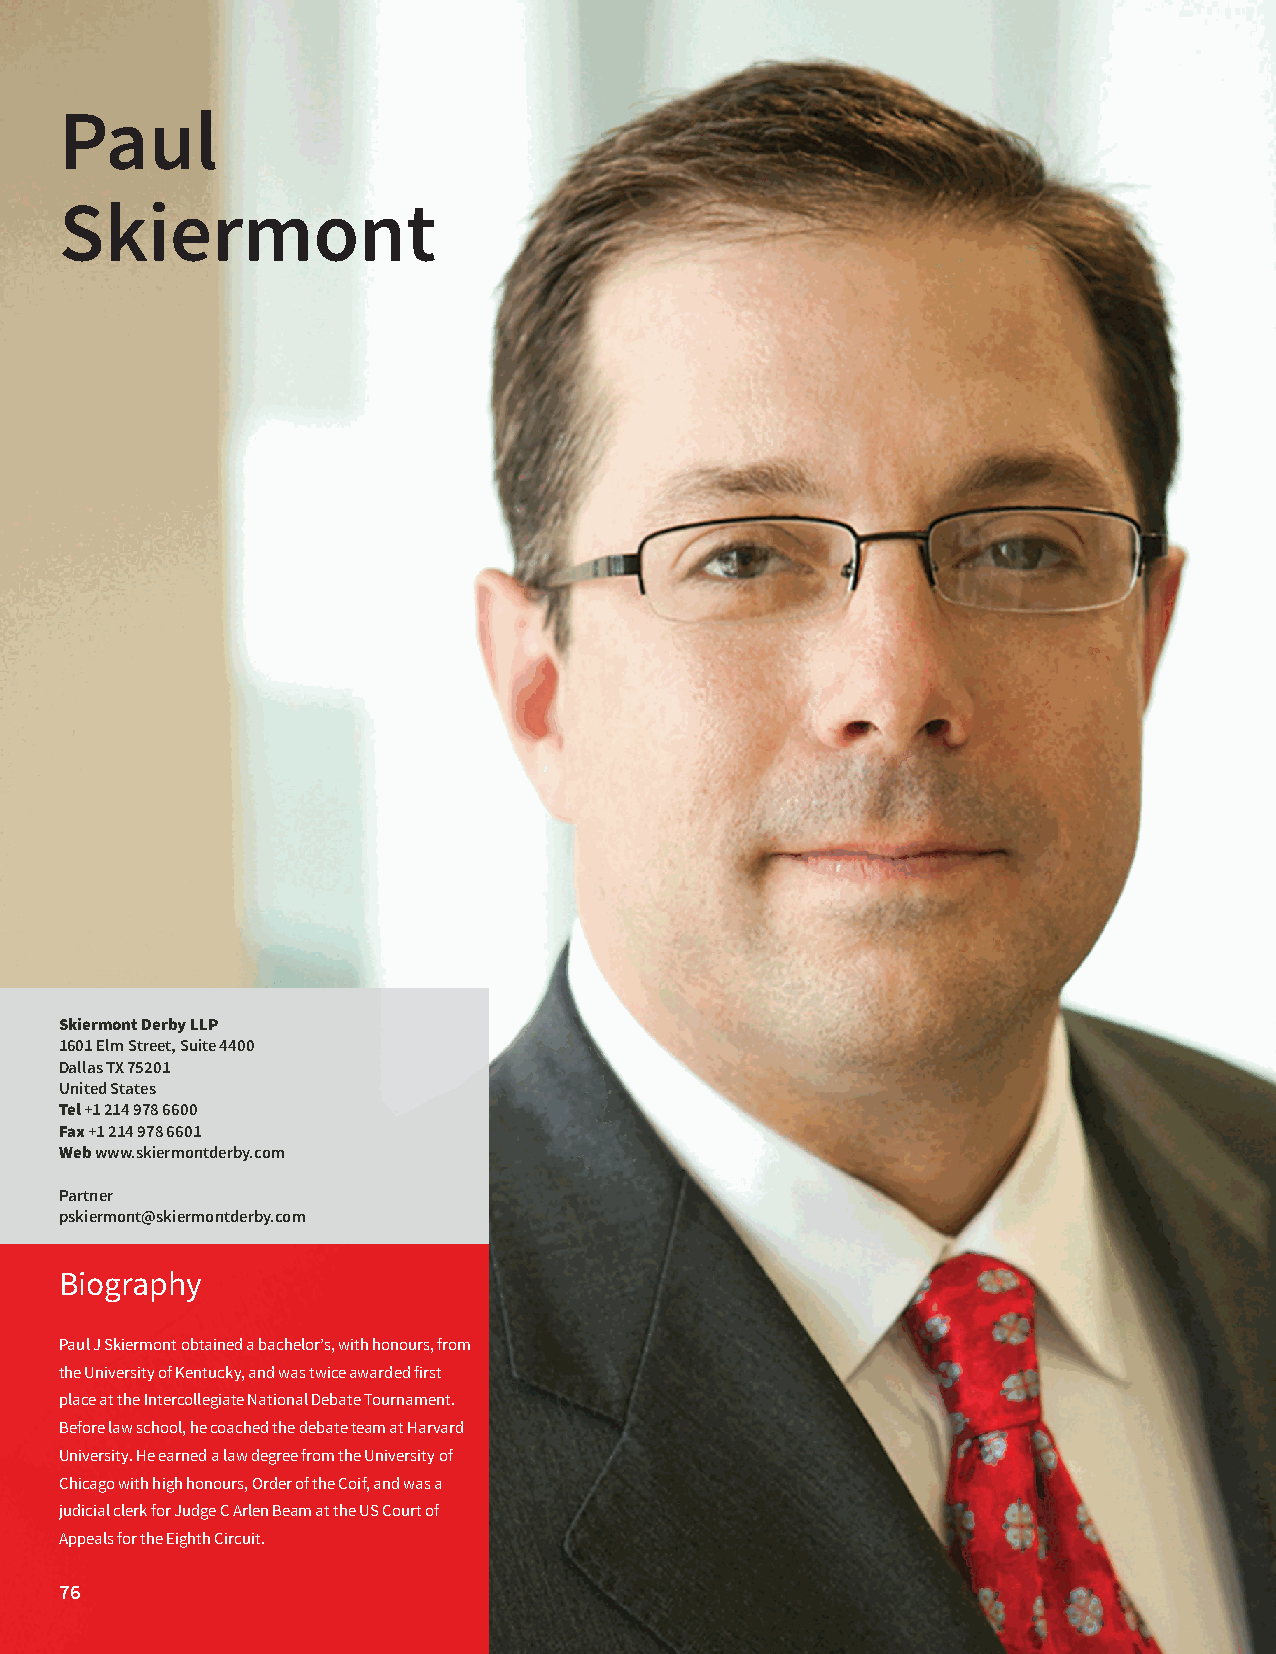
Paul
 Skiermont
 Skiermont Derby LLP
 1601 Elm Street, Suite 4400
 Dallas TX 75201
 United States
 Tel +1 214 978 6600
 Fax +1 214 978 6601
 Web www.skiermontderby.com
 Partner
 pskiermont@skiermontderby.com
 Biography
 Paul J Skiermont obtained a bachelor’s, with honours, from
 the University of Kentucky, and was twice awarded first
 place at the Intercollegiate National Debate Tournament.
 Before law school, he coached the debate team at Harvard
 University. He earned a law degree from the University of
 Chicago with high honours, Order of the Coif, and was a
 judicial clerk for Judge C Arlen Beam at the US Court of
 Appeals for the Eighth Circuit.
 76